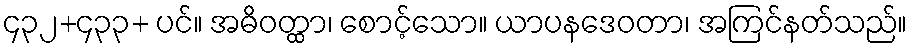
၄၃၂+၄၃၃+ ပင်။ အဓိဝတ္ထာ၊ စောင့်သော။ ယာပနဒေဝတာ၊ အကြင်နတ်သည်။